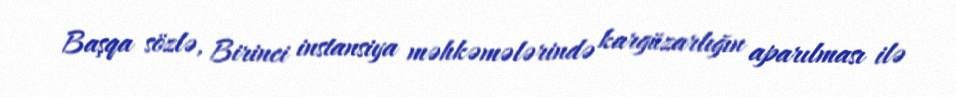
Başqa sözlə, Birinci instansiya məhkəmələrində kargüzarlığın aparılması ilə